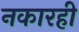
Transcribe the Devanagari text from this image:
नकारही